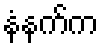
နံနက်က